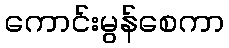
ကောင်းမွန်စေကာ